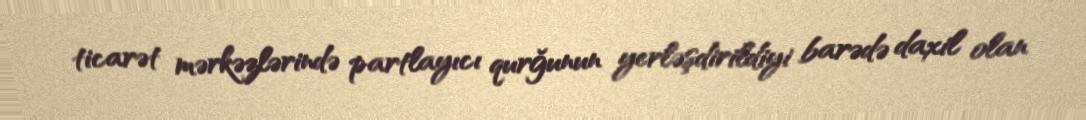
ticarət mərkəzlərində partlayıcı qurğunun yerləşdirildiyi barədə daxil olan